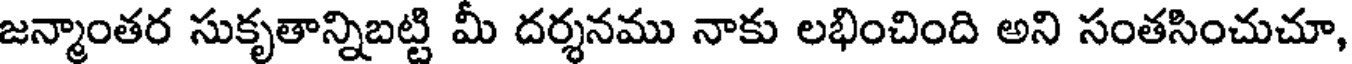
జన్మాంతర సుకృతాన్నిబట్టి మీ దర్శనము నాకు లభించింది అని సంతసించుచూ,